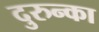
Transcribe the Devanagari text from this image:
दुरुन्का